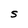
Character: S